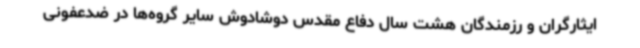
ایثارگران و رزمندگان هشت سال دفاع مقدس دوشادوش سایر گروه‌ها در ضدعفونی